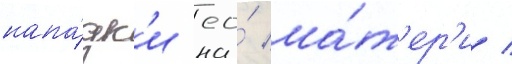
напа́дк'и ео́ ма́т'ер'и /